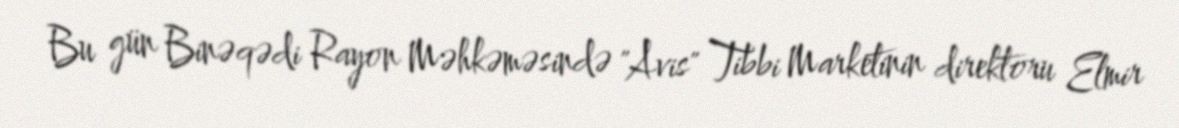
Bu gün Binəqədi Rayon Məhkəməsində "Avis" Tibbi Marketinin direktoru Elmir